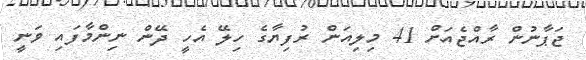
ޖަޕާނުން ރާއްޖެއަށް 41 މިލިއަން ރުފިޔާގެ ހިލޭ އެހީ ދޭން ނިންމާފައި ވަނީ